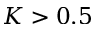
K > 0 . 5